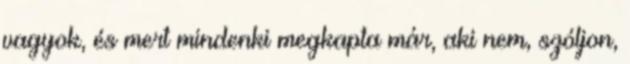
vagyok, és mert mindenki megkapta már, aki nem, szóljon,